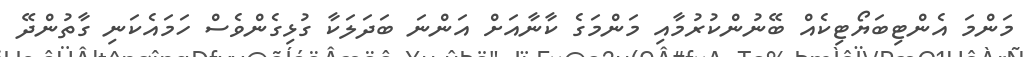
މަންމަ އެންޓިބަޔޯޓިކެއް ބޭނުންކުރުމާއި މަންމަގެ ކާނާއަށް އަންނަ ބަދަލަކާ ގުޅިގެންވެސް ހަމައެކަނި ގާތުންދޭ